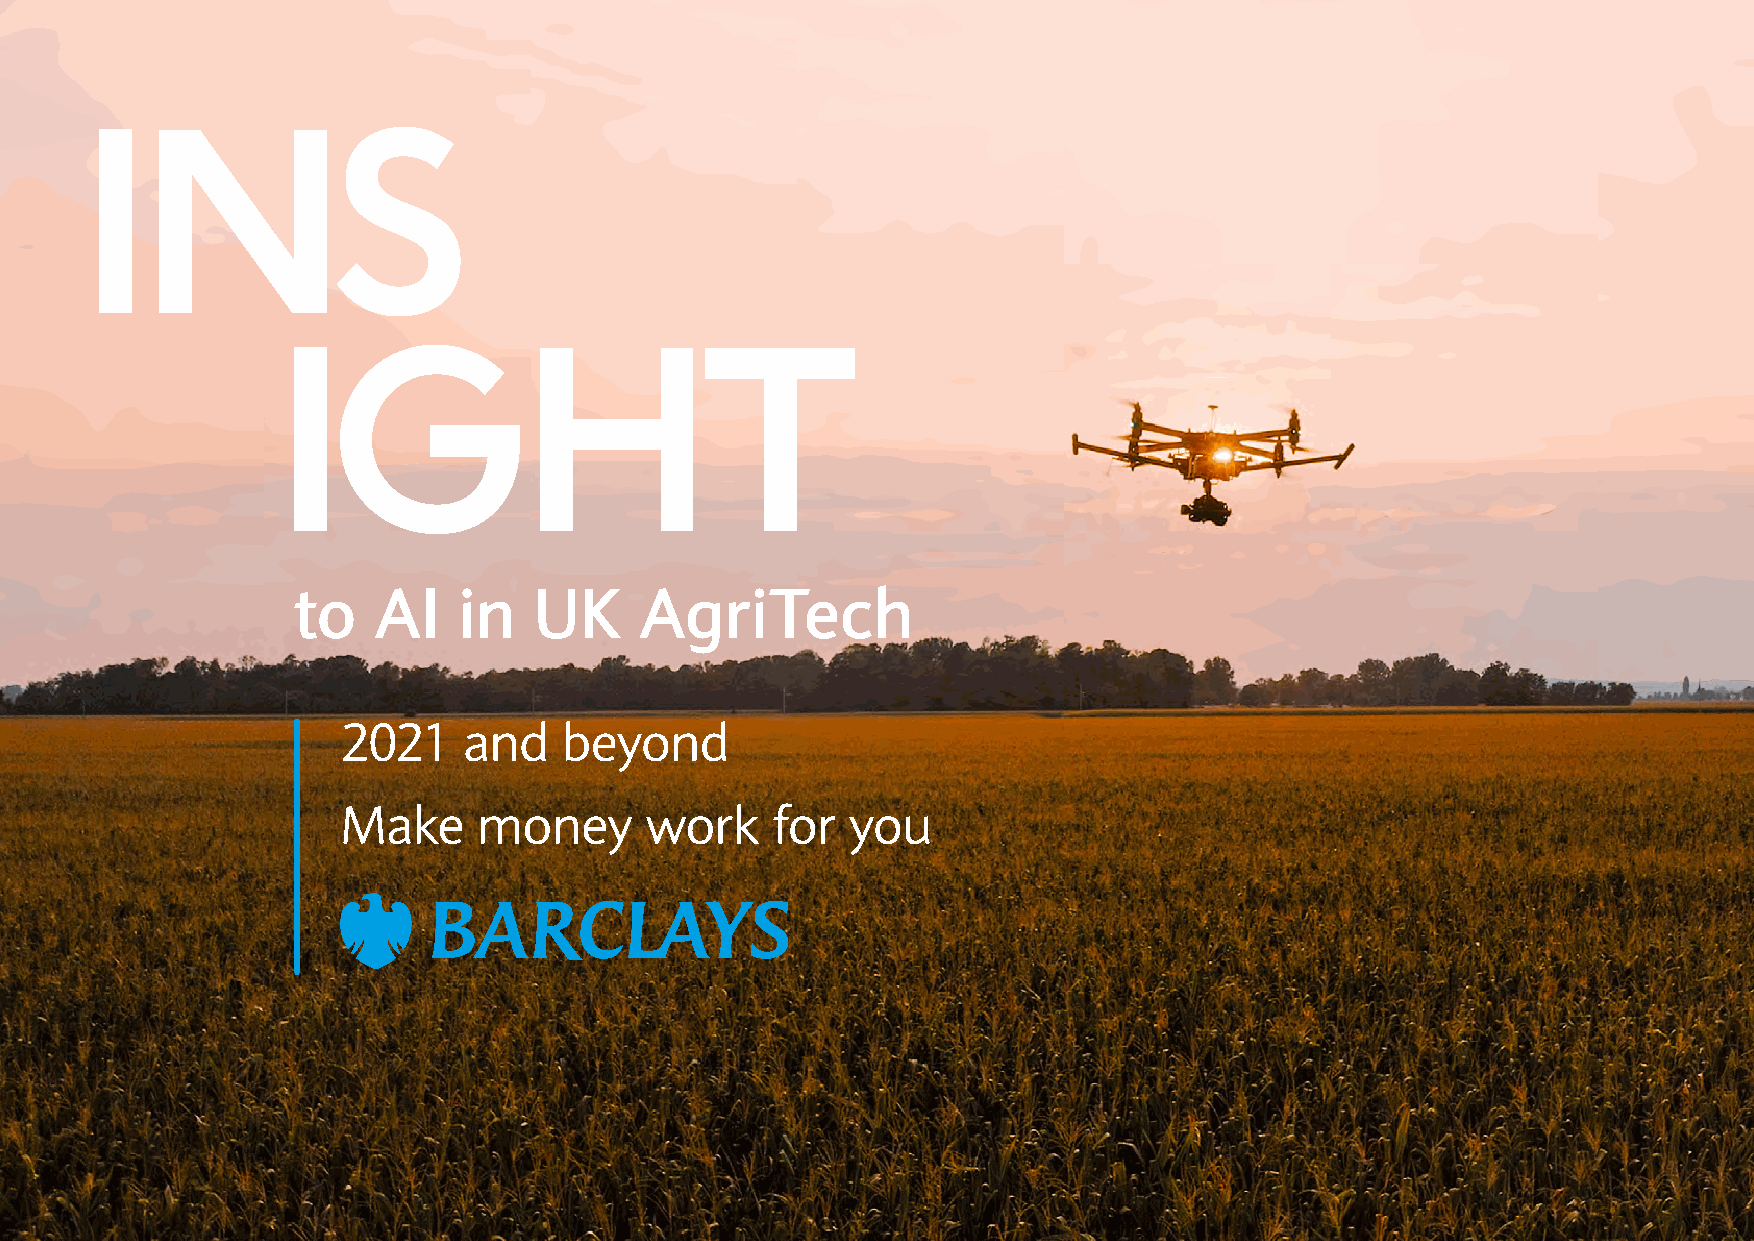
INS
 IGHT
 to    AI   in   UK     AgriTech
 2021    and   beyond
 Make     money      work    for  you